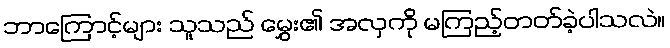
ဘာကြောင့်များ သူသည် မွှေး၏ အလှကို မကြည့်တတ်ခဲ့ပါသလဲ။